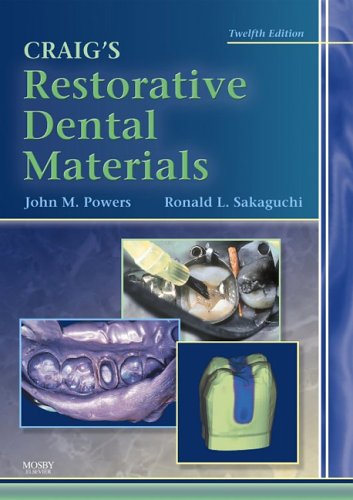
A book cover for Craig's Restorative Dental Materials, 12e; Ronald L. Sakaguchi DDS  PhD  MS  MBA; Medical Books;